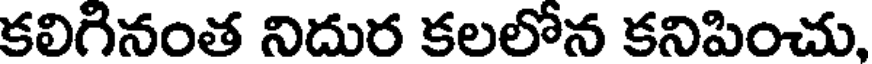
కలిగినంత నిదుర కలలోన కనిపించు,